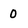
Character: 0